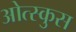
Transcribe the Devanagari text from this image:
ओत्स्कुस